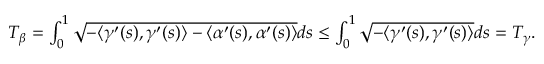
\begin{array} { r } { T _ { \beta } = \int _ { 0 } ^ { 1 } \sqrt { - \langle \gamma ^ { \prime } ( s ) , \gamma ^ { \prime } ( s ) \rangle - \langle \alpha ^ { \prime } ( s ) , \alpha ^ { \prime } ( s ) \rangle } d s \leq \int _ { 0 } ^ { 1 } \sqrt { - \langle \gamma ^ { \prime } ( s ) , \gamma ^ { \prime } ( s ) \rangle } d s = T _ { \gamma } . } \end{array}